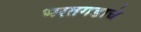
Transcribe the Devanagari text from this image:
भरतगडाचे